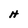
Character: H